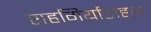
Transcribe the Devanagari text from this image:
सहगिर्यारोहक